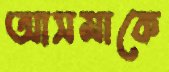
আসমাকে